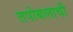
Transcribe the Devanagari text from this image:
तपोबलाची